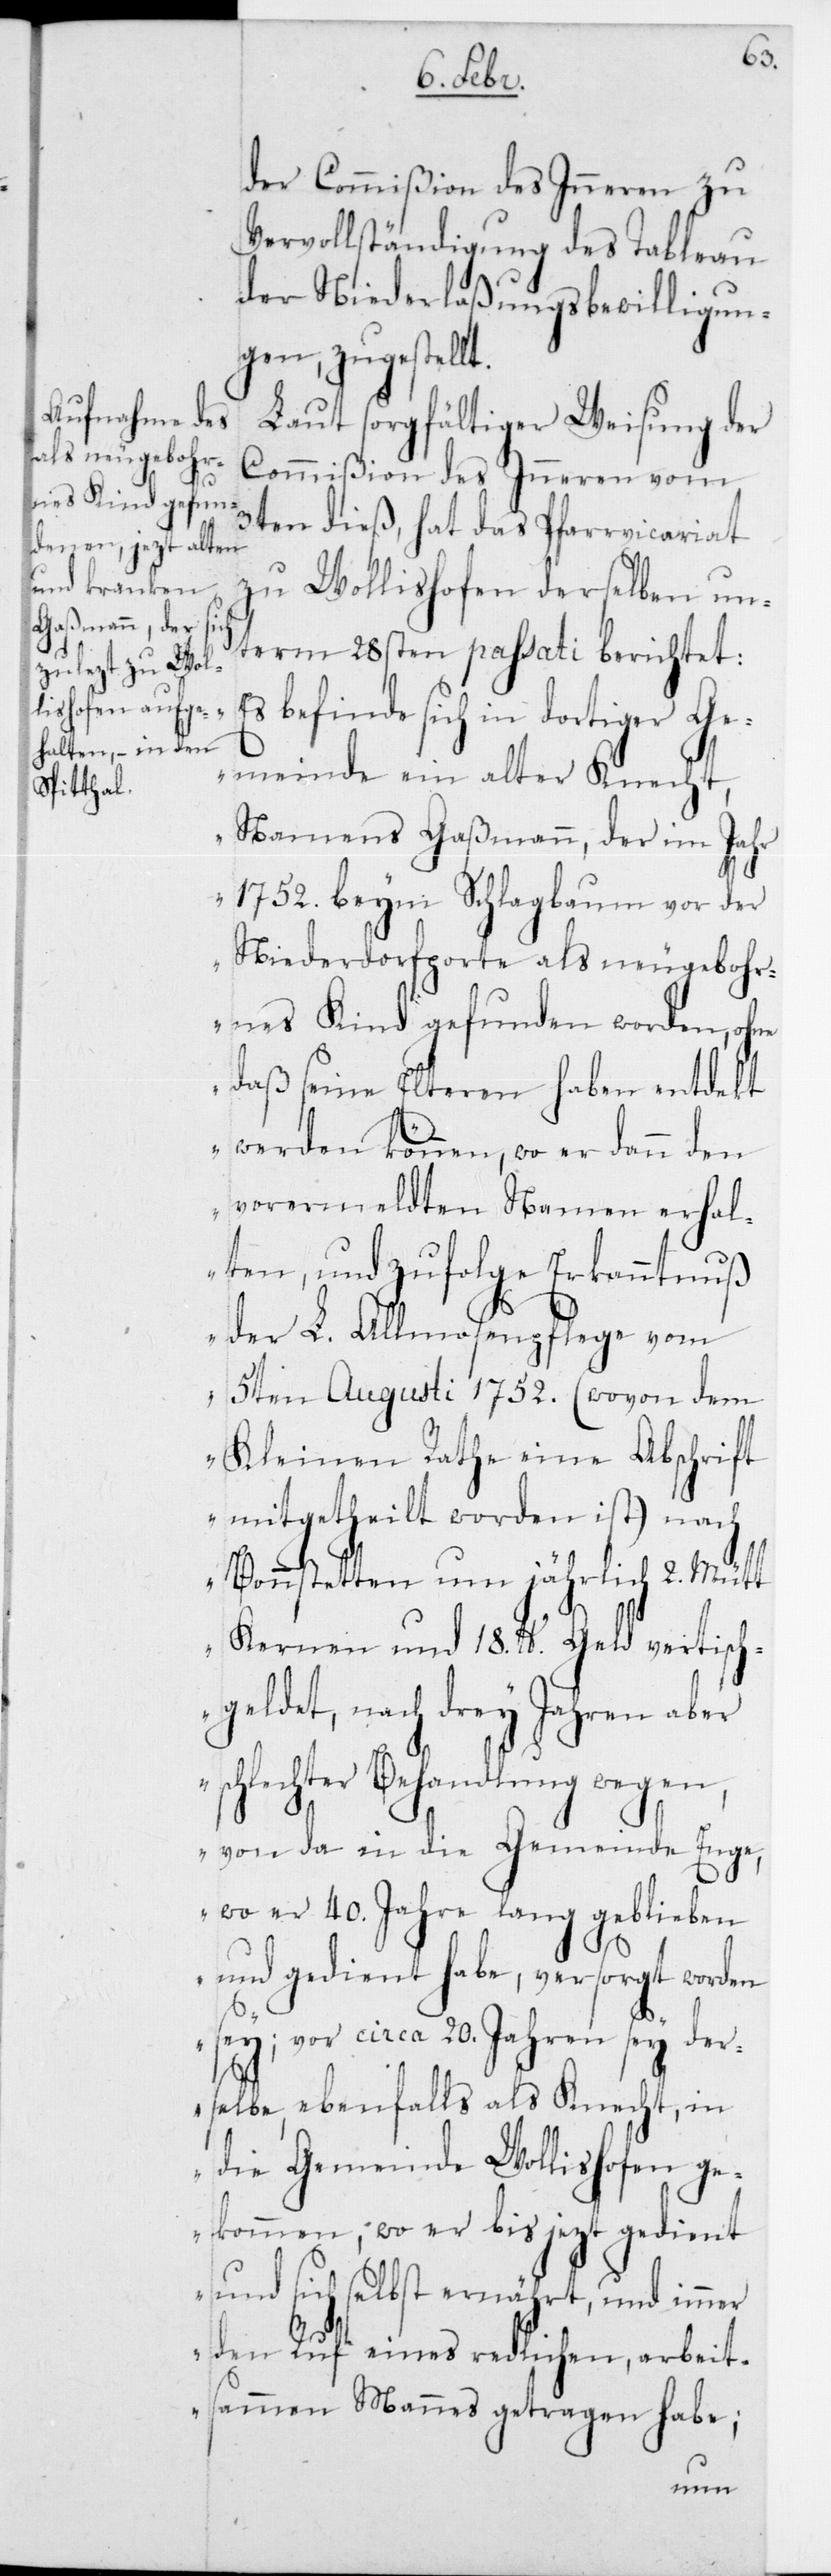
der Commißion des Innern zu
Vervollständigung des Tableau
der Niederlaßungsbewilligun¬
gen, zugestellt.
Laut sorgfältiger Weisung der
Commißion des Innern vom
3ten dieß, hat das Pfarrvicariat
zu Wollishofen derselben un¬
term 28sten passati berichtet:
befinde sich in dortiger G¬
emeinde ein alter Knecht,
namens Gaßmann, der im Jahr
1752 beym Schlagbaum vor der
Niederdorfporte als neugebohr¬
nes Kind gefunden worden, ohne
daß seine Elteren haben entdekt
werden können, wo er dann den
vorermeldten Namen erhal¬
ten, und zufolge Erkanntnuß
der L. Allmosenpflege vom
5ten Augusti 1752 (wovon dem
Kleinen Rathe eine Abschrift
mitgetheilt worden ist) nach
Bonstetten um jährlich 2 Mütt
Kernen und 18 lb Geld vertisch¬
geldet, nach drey Jahren aber
schlechter Behandlung wegen,
von da in die Gemeinde Enge,
wo er 40 Jahre lang geblieben
und gedient habe, versorgt worden
sey; vor circa 20 Jahren sey der¬
selbe, ebenfalls als Knecht, in
die Gemeinde Wollishofen ge¬
kommen, wo er bis jetzt gedient
und sich selbst ernährt, und immer
den Ruf eines redlichen arbeit¬
sammen Mannes getragen habe;